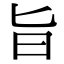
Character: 旨